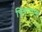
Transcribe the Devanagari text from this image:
चित्रपतास